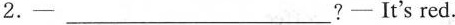
2.-___?-It's red.